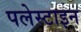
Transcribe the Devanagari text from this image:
पलेस्टाइन